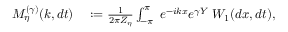
\begin{array} { r l } { M _ { \eta } ^ { ( \gamma ) } ( k , d t ) } & { { } : = \frac { 1 } { 2 \pi Z _ { \eta } } \int _ { - \pi } ^ { \pi } \; e ^ { - i k x } e ^ { \gamma Y } \; W _ { 1 } ( d x , d t ) , } \end{array}